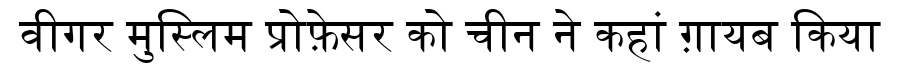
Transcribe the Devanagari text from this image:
वीगर मुस्लिम प्रोफ़ेसर को चीन ने कहां ग़ायब किया